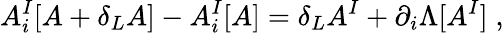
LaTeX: A_{i}^{I}[A+\delta_{L}A]-A_{i}^{I}[A]=\delta_{L}A^{I}+\partial_{i}\Lambda[A^{I}]\; ,